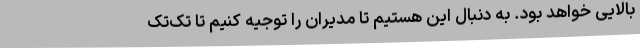
بالایی خواهد بود. به دنبال این هستیم تا مدیران را توجیه کنیم تا تک‌تک